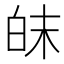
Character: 皌